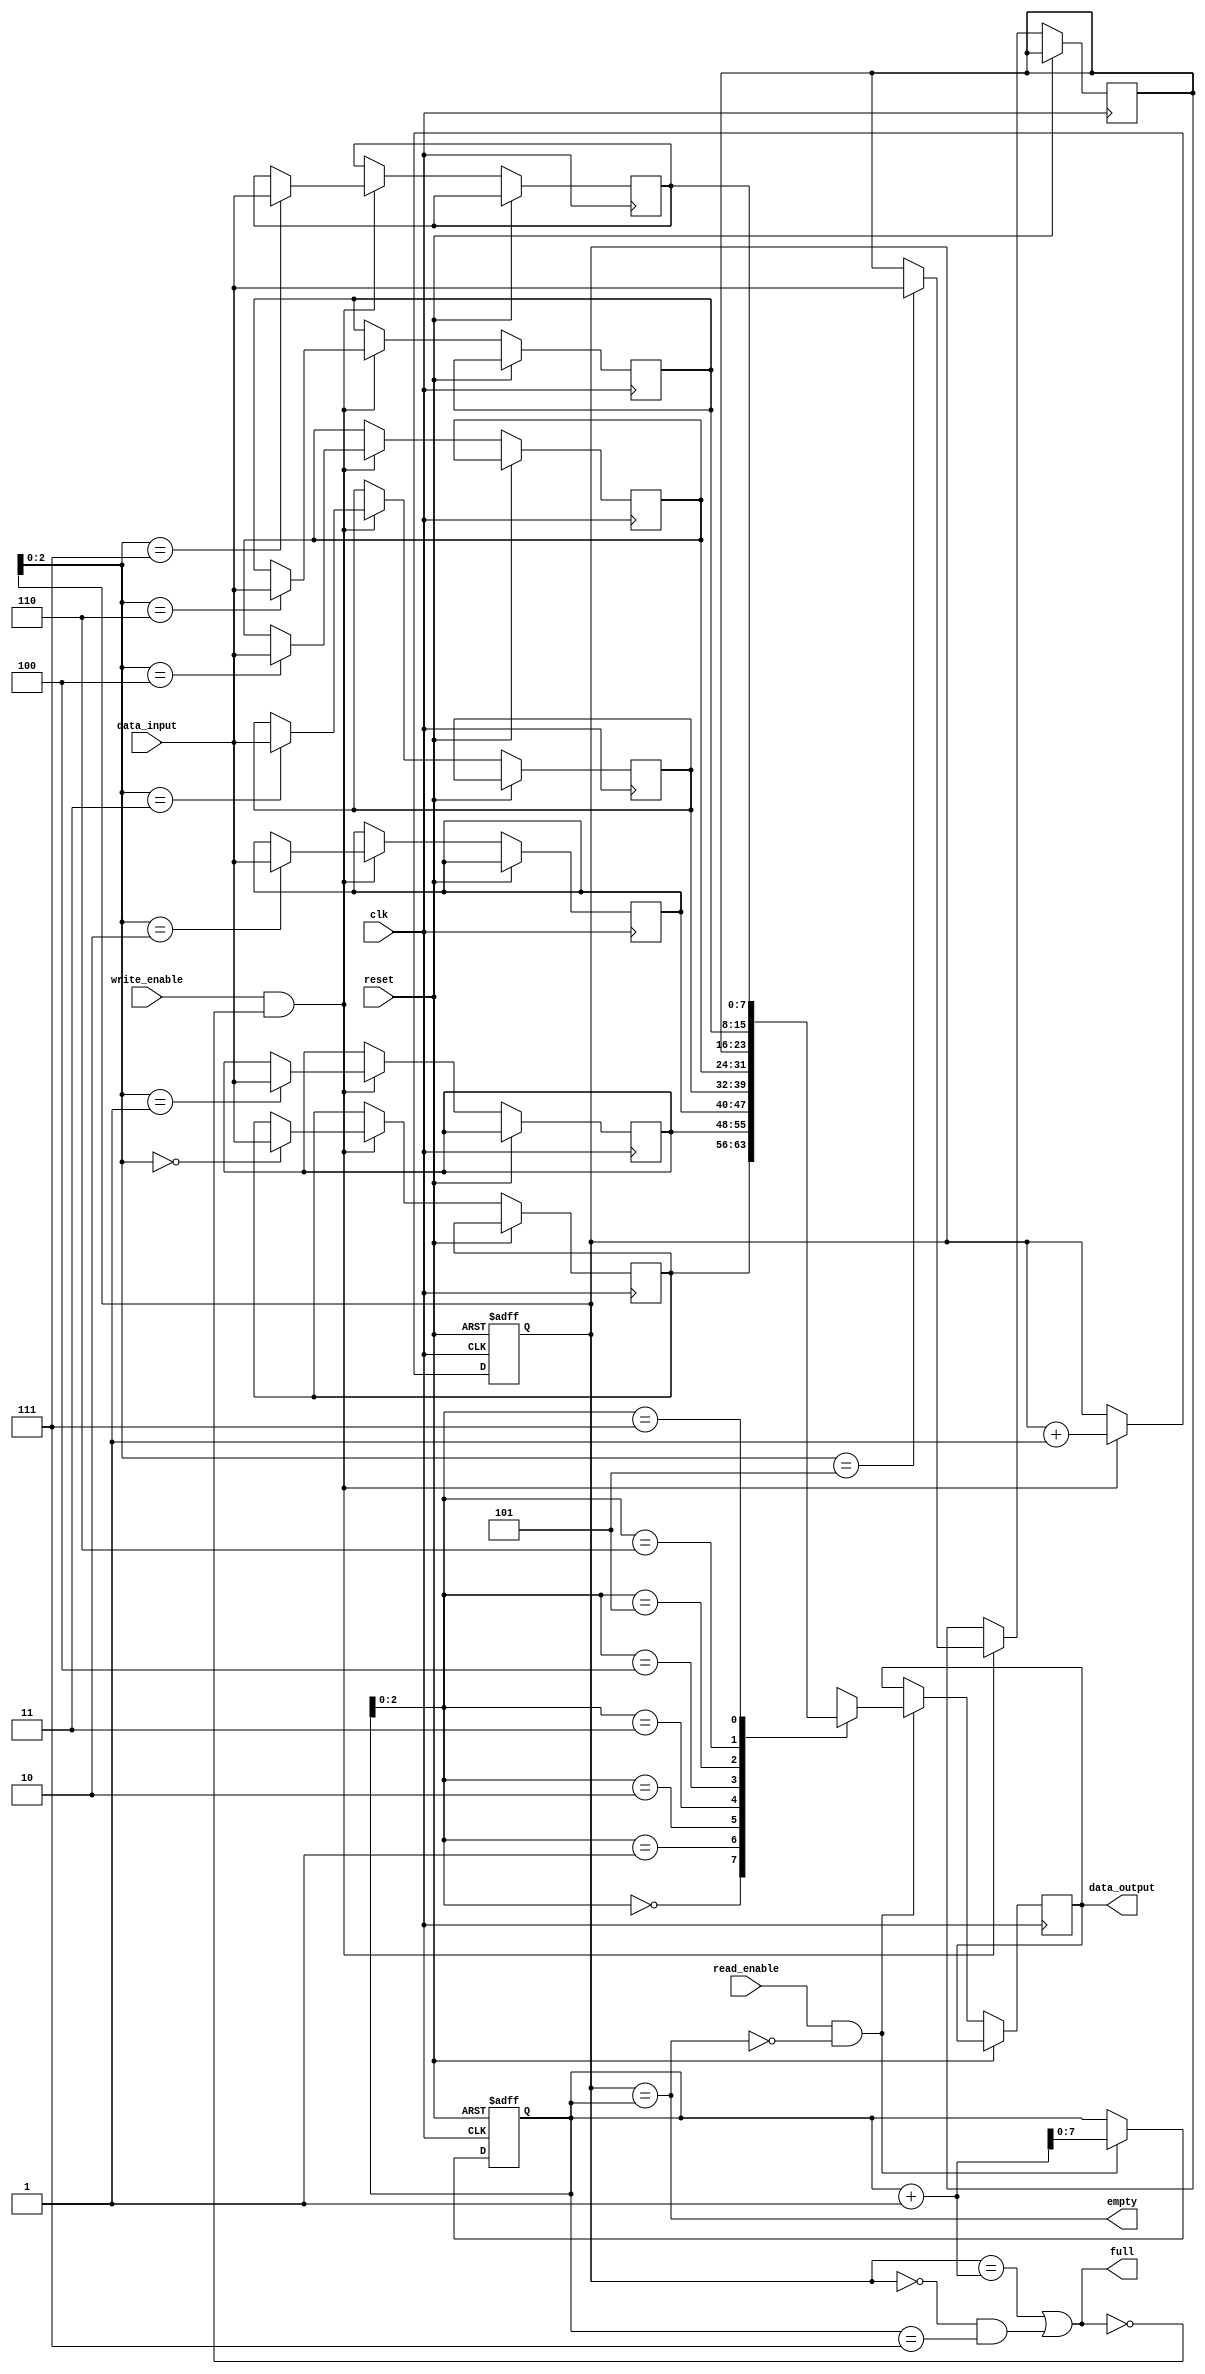
module CircularFIFO (
  input wire clk,
  input wire reset,
  input wire write_enable,
  input wire read_enable,
  input wire [DATA_WIDTH-1:0] data_input,
  output wire [DATA_WIDTH-1:0] data_output,
  output wire full,
  output wire empty
);

parameter FIFO_SIZE = 8;
parameter DATA_WIDTH = 8;

reg [DATA_WIDTH-1:0] fifo [0:FIFO_SIZE-1];
reg [FIFO_SIZE-1:0] write_ptr;
reg [FIFO_SIZE-1:0] read_ptr;

assign full = (write_ptr == read_ptr + 1) || (write_ptr == 0 && read_ptr == FIFO_SIZE-1);
assign empty = (write_ptr == read_ptr);

always @(posedge clk or posedge reset) begin
  if (reset) begin
    write_ptr <= 0;
    read_ptr <= 0;
  end else begin
    if (write_enable && !full) begin
      fifo[write_ptr] <= data_input;
      write_ptr <= write_ptr + 1;
    end
    
    if (read_enable && !empty) begin
      data_output <= fifo[read_ptr];
      read_ptr <= read_ptr + 1;
    end
  end
end

endmodule